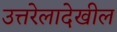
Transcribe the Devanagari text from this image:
उत्तरेलादेखील